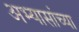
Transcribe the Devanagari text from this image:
अभ्यासांच्या